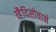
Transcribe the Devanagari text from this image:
व्हैदिसोवाने